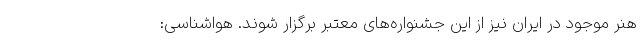
هنر موجود در ایران نیز از این جشنواره‌های معتبر برگزار شوند. هواشناسی: